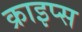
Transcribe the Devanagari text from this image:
क्राइप्स